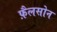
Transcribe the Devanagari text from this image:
फ़ैलसोन